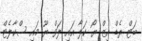
ބަޓް ރެޑް އިޒް ޔޯ ކަލާ އައި ލަވް ޔޫ މައި ސްކާލެޓް